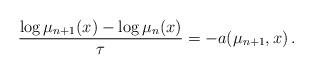
LaTeX: \begin{align*}\frac{\log \mu_{n+1}(x) - \log \mu_n(x)}{\tau} = - a(\mu_{n+1},x) \,.\end{align*}